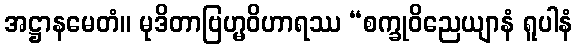
အဋ္ဌာနမေတံ။ မုဒိတာဗြဟ္မဝိဟာရဿ “စက္ခုဝိညေယျာနံ ရူပါနံ